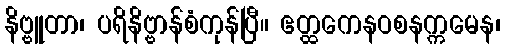
နိဗ္ဗူတာ၊ ပရိနိဗ္ဗာန်စံကုန်ပြီ။ ဧတ္ထကေနဝစနက္ကမေန၊